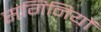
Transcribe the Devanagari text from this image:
संगिनियों